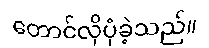
တောင်လိုပုံခဲ့သည်။